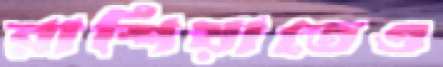
রাশিয়াতেও